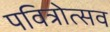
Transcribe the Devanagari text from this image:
पवित्रोत्सव